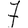
Digit: 7